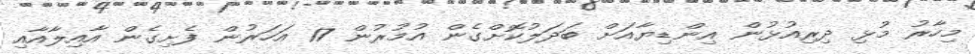
މިހާރު މުޅި ދިރިއުޅުން އިންޑިޔާއަށް ބަދަލުކޮށްގެން އުމުރުން 17 އަހަރުން ފެށިގެން އާއިލާއާއި